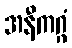
အနီကဂ္ဂံ